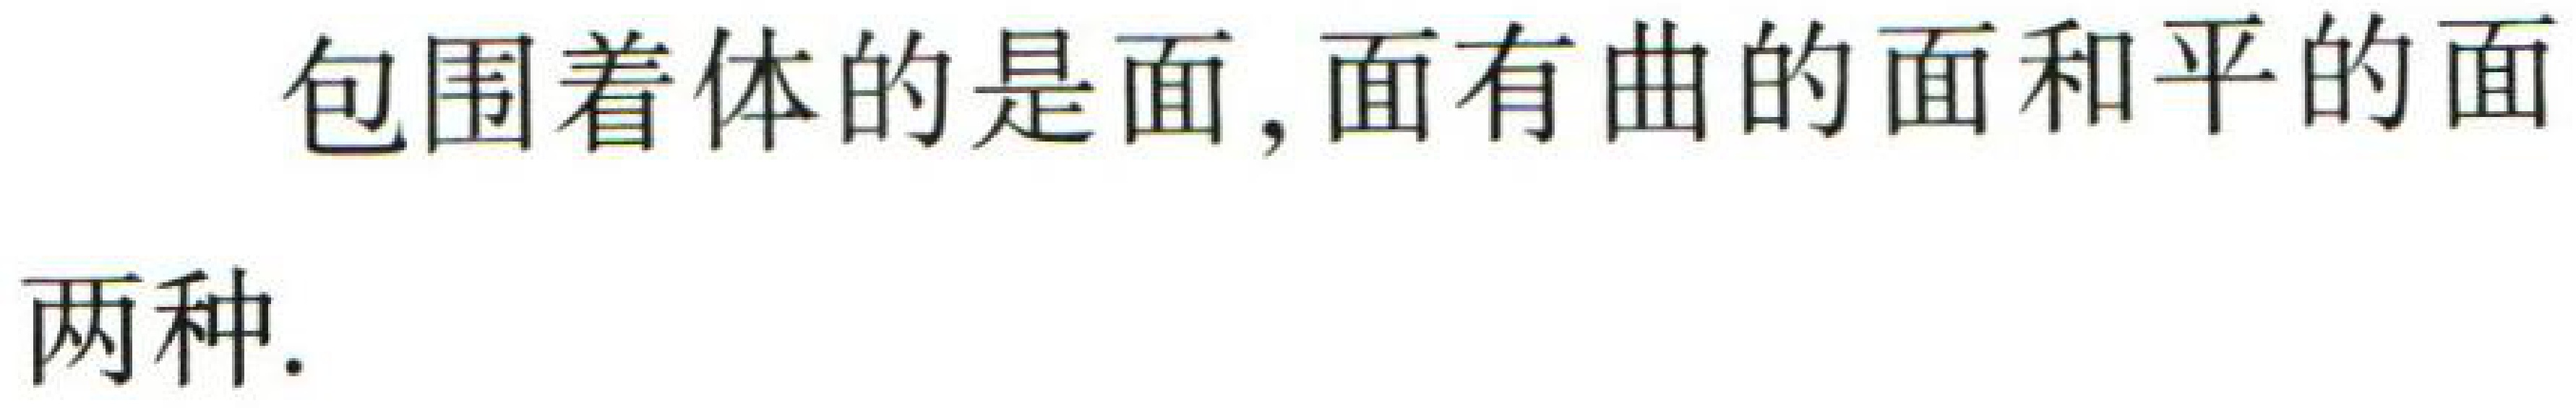
包围着体的是面,面有曲的面和平的面两种.